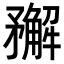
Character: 𥎎